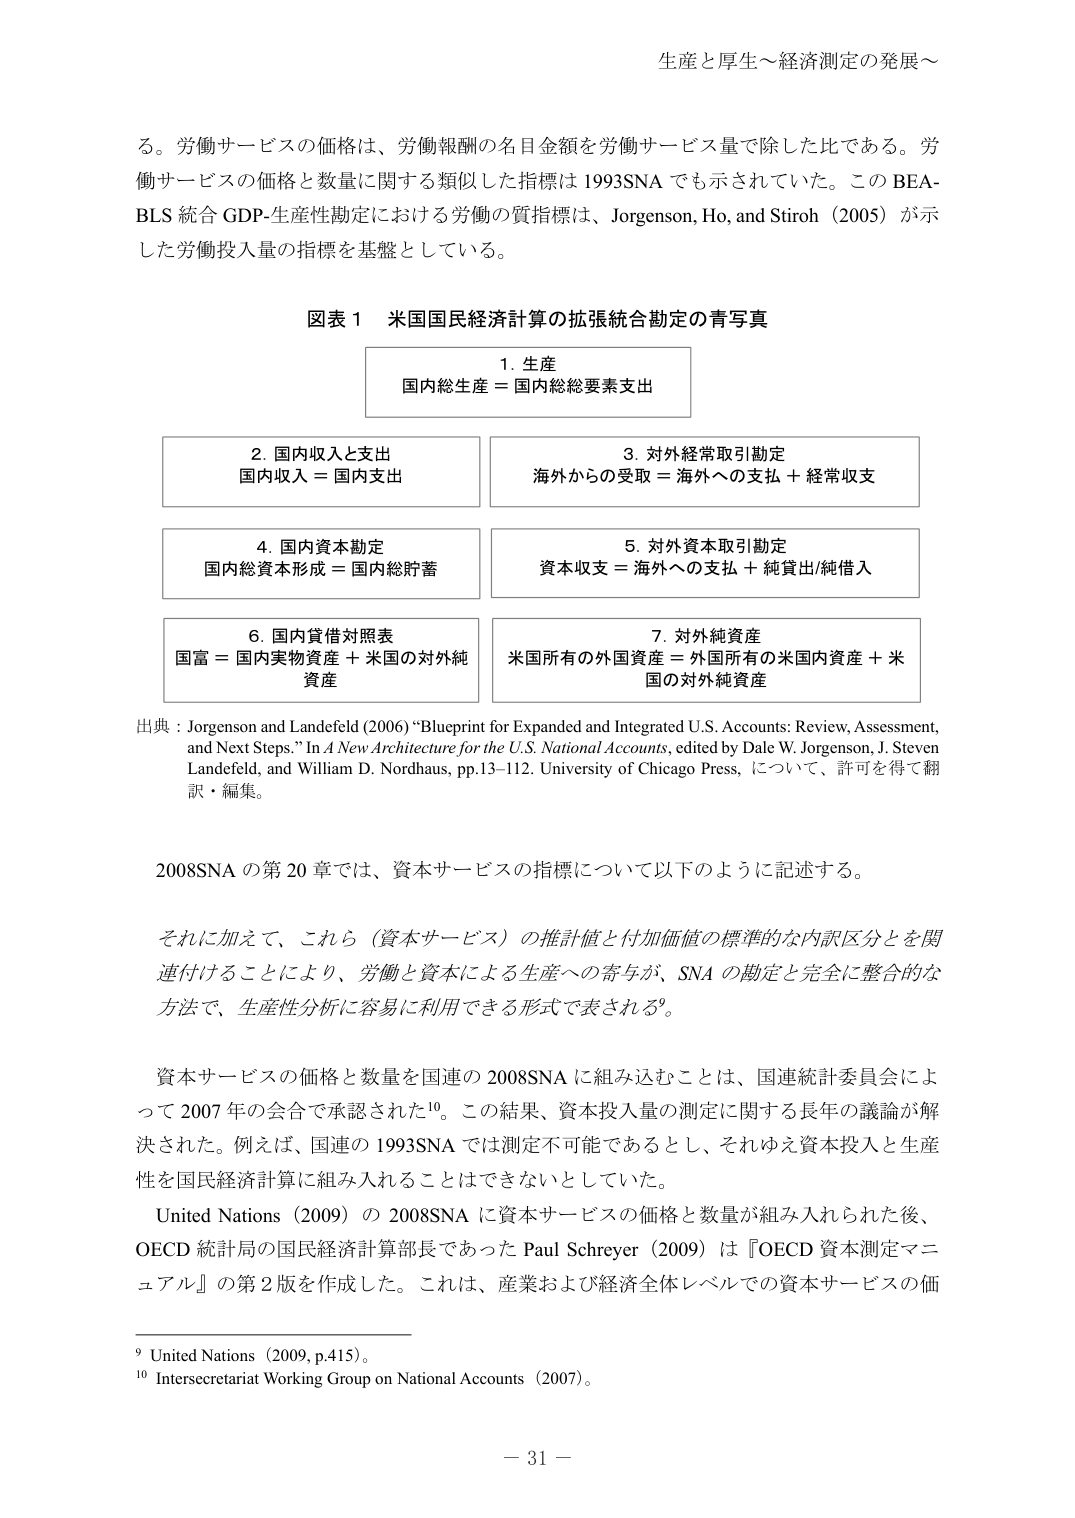
る。労働サービスの価格は、労働報酬の名目金額を労働サービス量で除した比である。労働サービスの価格と数量に関する類似した指標は 1993SNA でも示されていた。この BEA-BLS 統合 GDP-生産性勘定における労働の質指標は、Jorgenson, Ho, and Stiroh（2005）が示した労働投入量の指標を基盤としている。

図表 1 米国国民経済計算の拡張統合勘定の青写真

1. 生産
国内総生産 = 国内総要素支出

2. 国内収入と支出
国内収入 = 国内支出

3. 対外経常取引勘定
海外からの受取 = 海外への支払 + 経常収支

4. 国内資本勘定
国内総資本形成 = 国内総貯蓄

5. 対外資本取引勘定
資本収支 = 海外への支払 + 純貸出/純借入

6. 国内貸借対照表
国富 = 国内実物資産 + 米国の対外純資産

7. 対外純資産
米国所有の外国資産 = 外国所有の米国内資産 + 米国の対外純資産

出典：Jorgenson and Landefeld (2006) “Blueprint for Expanded and Integrated U.S. Accounts: Review, Assessment, and Next Steps.” In A New Architecture for the U.S. National Accounts, edited by Dale W. Jorgenson, J. Steven Landefeld, and William D. Nordhaus, pp.13–112. University of Chicago Press, について、許可を得て翻訳・編集。

2008SNA の第 20 章では、資本サービスの指標について以下のように記述する。

それに加えて、これら（資本サービス）の推計値と付加価値の標準的な内訳区分を関連付けることにより、労働と資本による生産への寄与が、SNA の勘定と完全に整合的な方法で、生産性分析に容易に利用できる形式で表される9。

資本サービスの価格と数量を国連の 2008SNA に組み込むことは、国連統計委員会によって 2007 年の会合で承認された10。この結果、資本投入量の測定に関する長年の議論が解決された。例えば、国連の 1993SNA では測定不可能であるとし、それゆえ資本投入と生産性を国民経済計算に組み入れることはできないとしていた。

United Nations (2009) の 2008SNA に資本サービスの価格と数量が組み入れられた後、OECD 統計局の国民経済計算部長であった Paul Schreyer (2009) は『OECD 資本測定マニュアル』の第 2 版を作成した。これは、産業および経済全体レベルでの資本サービスの価

9 United Nations (2009, p.415)。
10 Intersecretariat Working Group on National Accounts (2007)。

－ 31 －